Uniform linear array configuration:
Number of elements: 16
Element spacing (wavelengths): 0.25
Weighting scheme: uniform
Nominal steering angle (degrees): -45
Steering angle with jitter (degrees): -45.926
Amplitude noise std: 0.05
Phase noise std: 0.05

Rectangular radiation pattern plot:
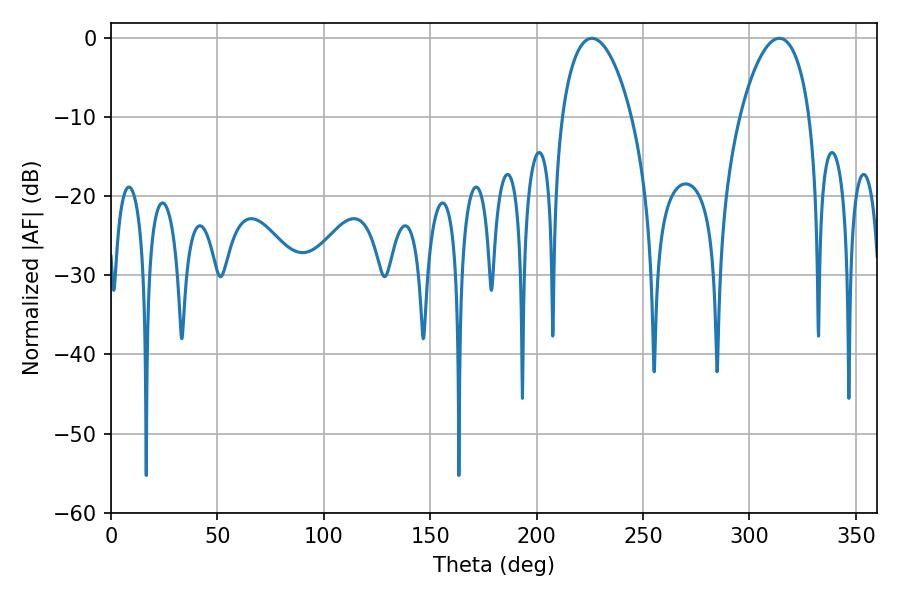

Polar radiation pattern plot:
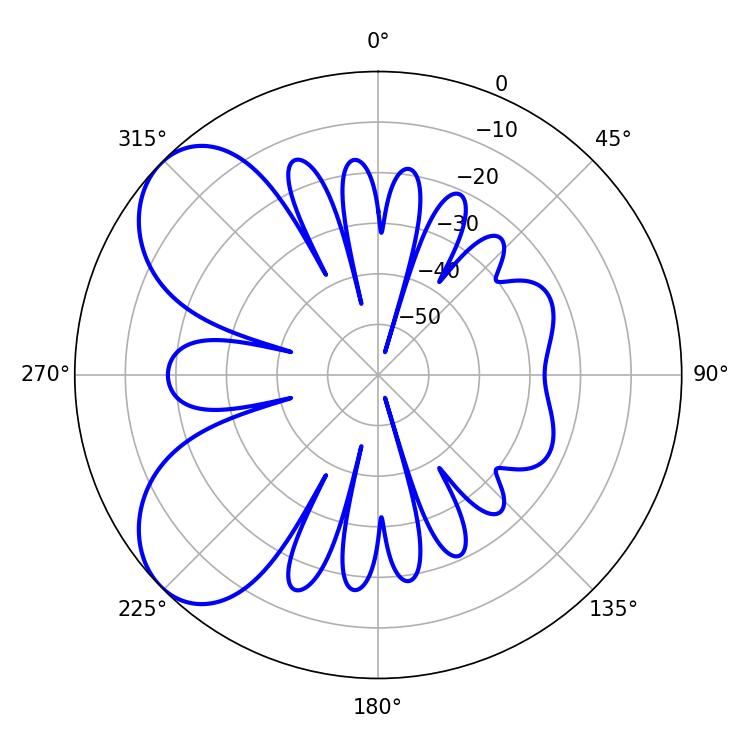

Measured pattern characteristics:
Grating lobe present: FALSE
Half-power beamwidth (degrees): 18.54
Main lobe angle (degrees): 225.9